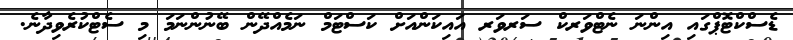
ޑެސްކްޓޮޕްގައި އިންނަ ނެޓްވަރކް ސަރވަރ އައިކަންއަށް ކަސްޓަމް ނަމެއްދޭން ބޭނުންނަމަ މި ސެޓްކުރެވިދާނެ.